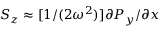
S _ { z } \approx [ 1 / ( 2 \omega ^ { 2 } ) ] \partial P _ { y } / \partial { x }